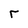
Character: r